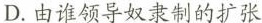
D.由谁领导奴隶制的扩张